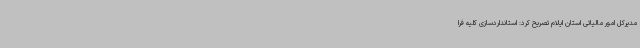
مدیرکل امور مالیاتی استان ایلام تصریح کرد: استانداردسازی کلیه فرا